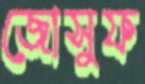
জোসুফ